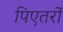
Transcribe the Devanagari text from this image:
पिएतरों